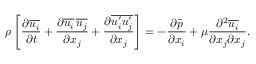
\rho \left[ { \frac { \partial { \overline { { u _ { i } } } } } { \partial t } } + { \frac { \partial { \overline { { u _ { i } } } } \, { \overline { { u _ { j } } } } } { \partial x _ { j } } } + { \frac { \partial { \overline { { u _ { i } ^ { \prime } u _ { j } ^ { \prime } } } } } { \partial x _ { j } } } \right] = - { \frac { \partial { \bar { p } } } { \partial x _ { i } } } + \mu { \frac { \partial ^ { 2 } { \overline { { u _ { i } } } } } { \partial x _ { j } \partial x _ { j } } } .